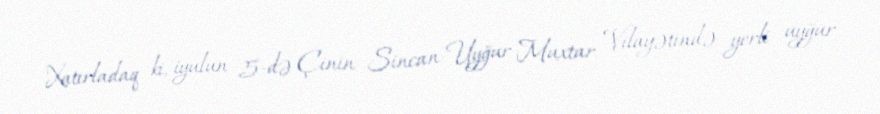
Xatırladaq ki, iyulun 5-də Çinin Sincan-Uyğur Muxtar Vilayətində yerli uyğur